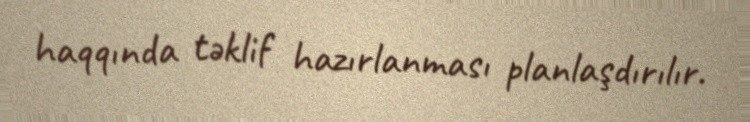
haqqında təklif hazırlanması planlaşdırılır.